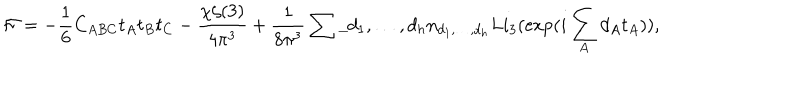
{ \cal F } = - \frac 1 6 C _ { A B C } t _ { A } t _ { B } t _ { C } - \frac { \chi \zeta ( 3 ) } { 4 \pi ^ { 3 } } + \frac { 1 } { 8 \pi ^ { 3 } } \sum \_ { d _ { 1 } , \ldots , d _ { h } } n _ { d _ { 1 } , \ldots , d _ { h } } L i _ { 3 } ( \exp ( i \sum _ { A } d _ { A } t _ { A } ) ) ,